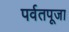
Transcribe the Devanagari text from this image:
पर्वतपूजा